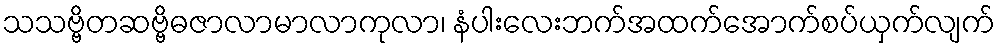
သသဗ္ဗိတဆဗ္ဗိဓဇာလာမာလာကုလာ၊ နံပါးလေးဘက်အထက်အောက်စပ်ယှက်လျက်